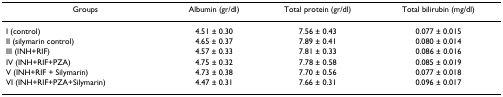
| Groups | Albumin (gr/dl) | Total protein (gr/dl) | Total bilirubin (mg/dl) |
 | --- | --- | --- | --- |
 | I (control) | 4.51 ± 0.30 | 7.56 ± 0.43 | 0.077 ± 0.015 |
 | II (silymarin control) | 4.65 ± 0.37 | 7.89 ± 0.41 | 0.080 ± 0.014 |
 | III (INH+RIF) | 4.57 ± 0.33 | 7.81 ± 0.33 | 0.086 ± 0.016 |
 | IV (INH+RIF+PZA) | 4.75 ± 0.32 | 7.78 ± 0.58 | 0.085 ± 0.019 |
 | V (INH+RIF + Silymarin) | 4.73 ± 0.38 | 7.70 ± 0.56 | 0.077 ± 0.018 |
 | VI (INH+RIF+PZA+Silymarin) | 4.47 ± 0.31 | 7.66 ± 0.31 | 0.096 ± 0.017 |